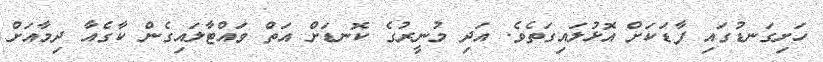
ހަށިގަނޑުގައި ފާޑަކަށް އޮޅުލައިގަތެވެ. އަދި މުނީރުގެ ކޮނޑަށް އަތް ވައްޓާލައިގެން ކާގެއާ ދިމާއަށް